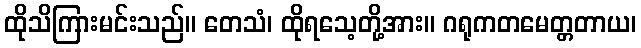
ထိုသိကြားမင်းသည်။ တေသံ၊ ထိုရသေ့တို့အား။ ဂရုကတမေတ္တတာယ၊